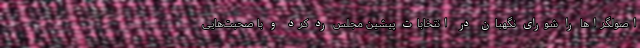
اصولگراها را شورای نگهبان در انتخابات پیشین مجلس رد کرد و با صحبت‌هایی